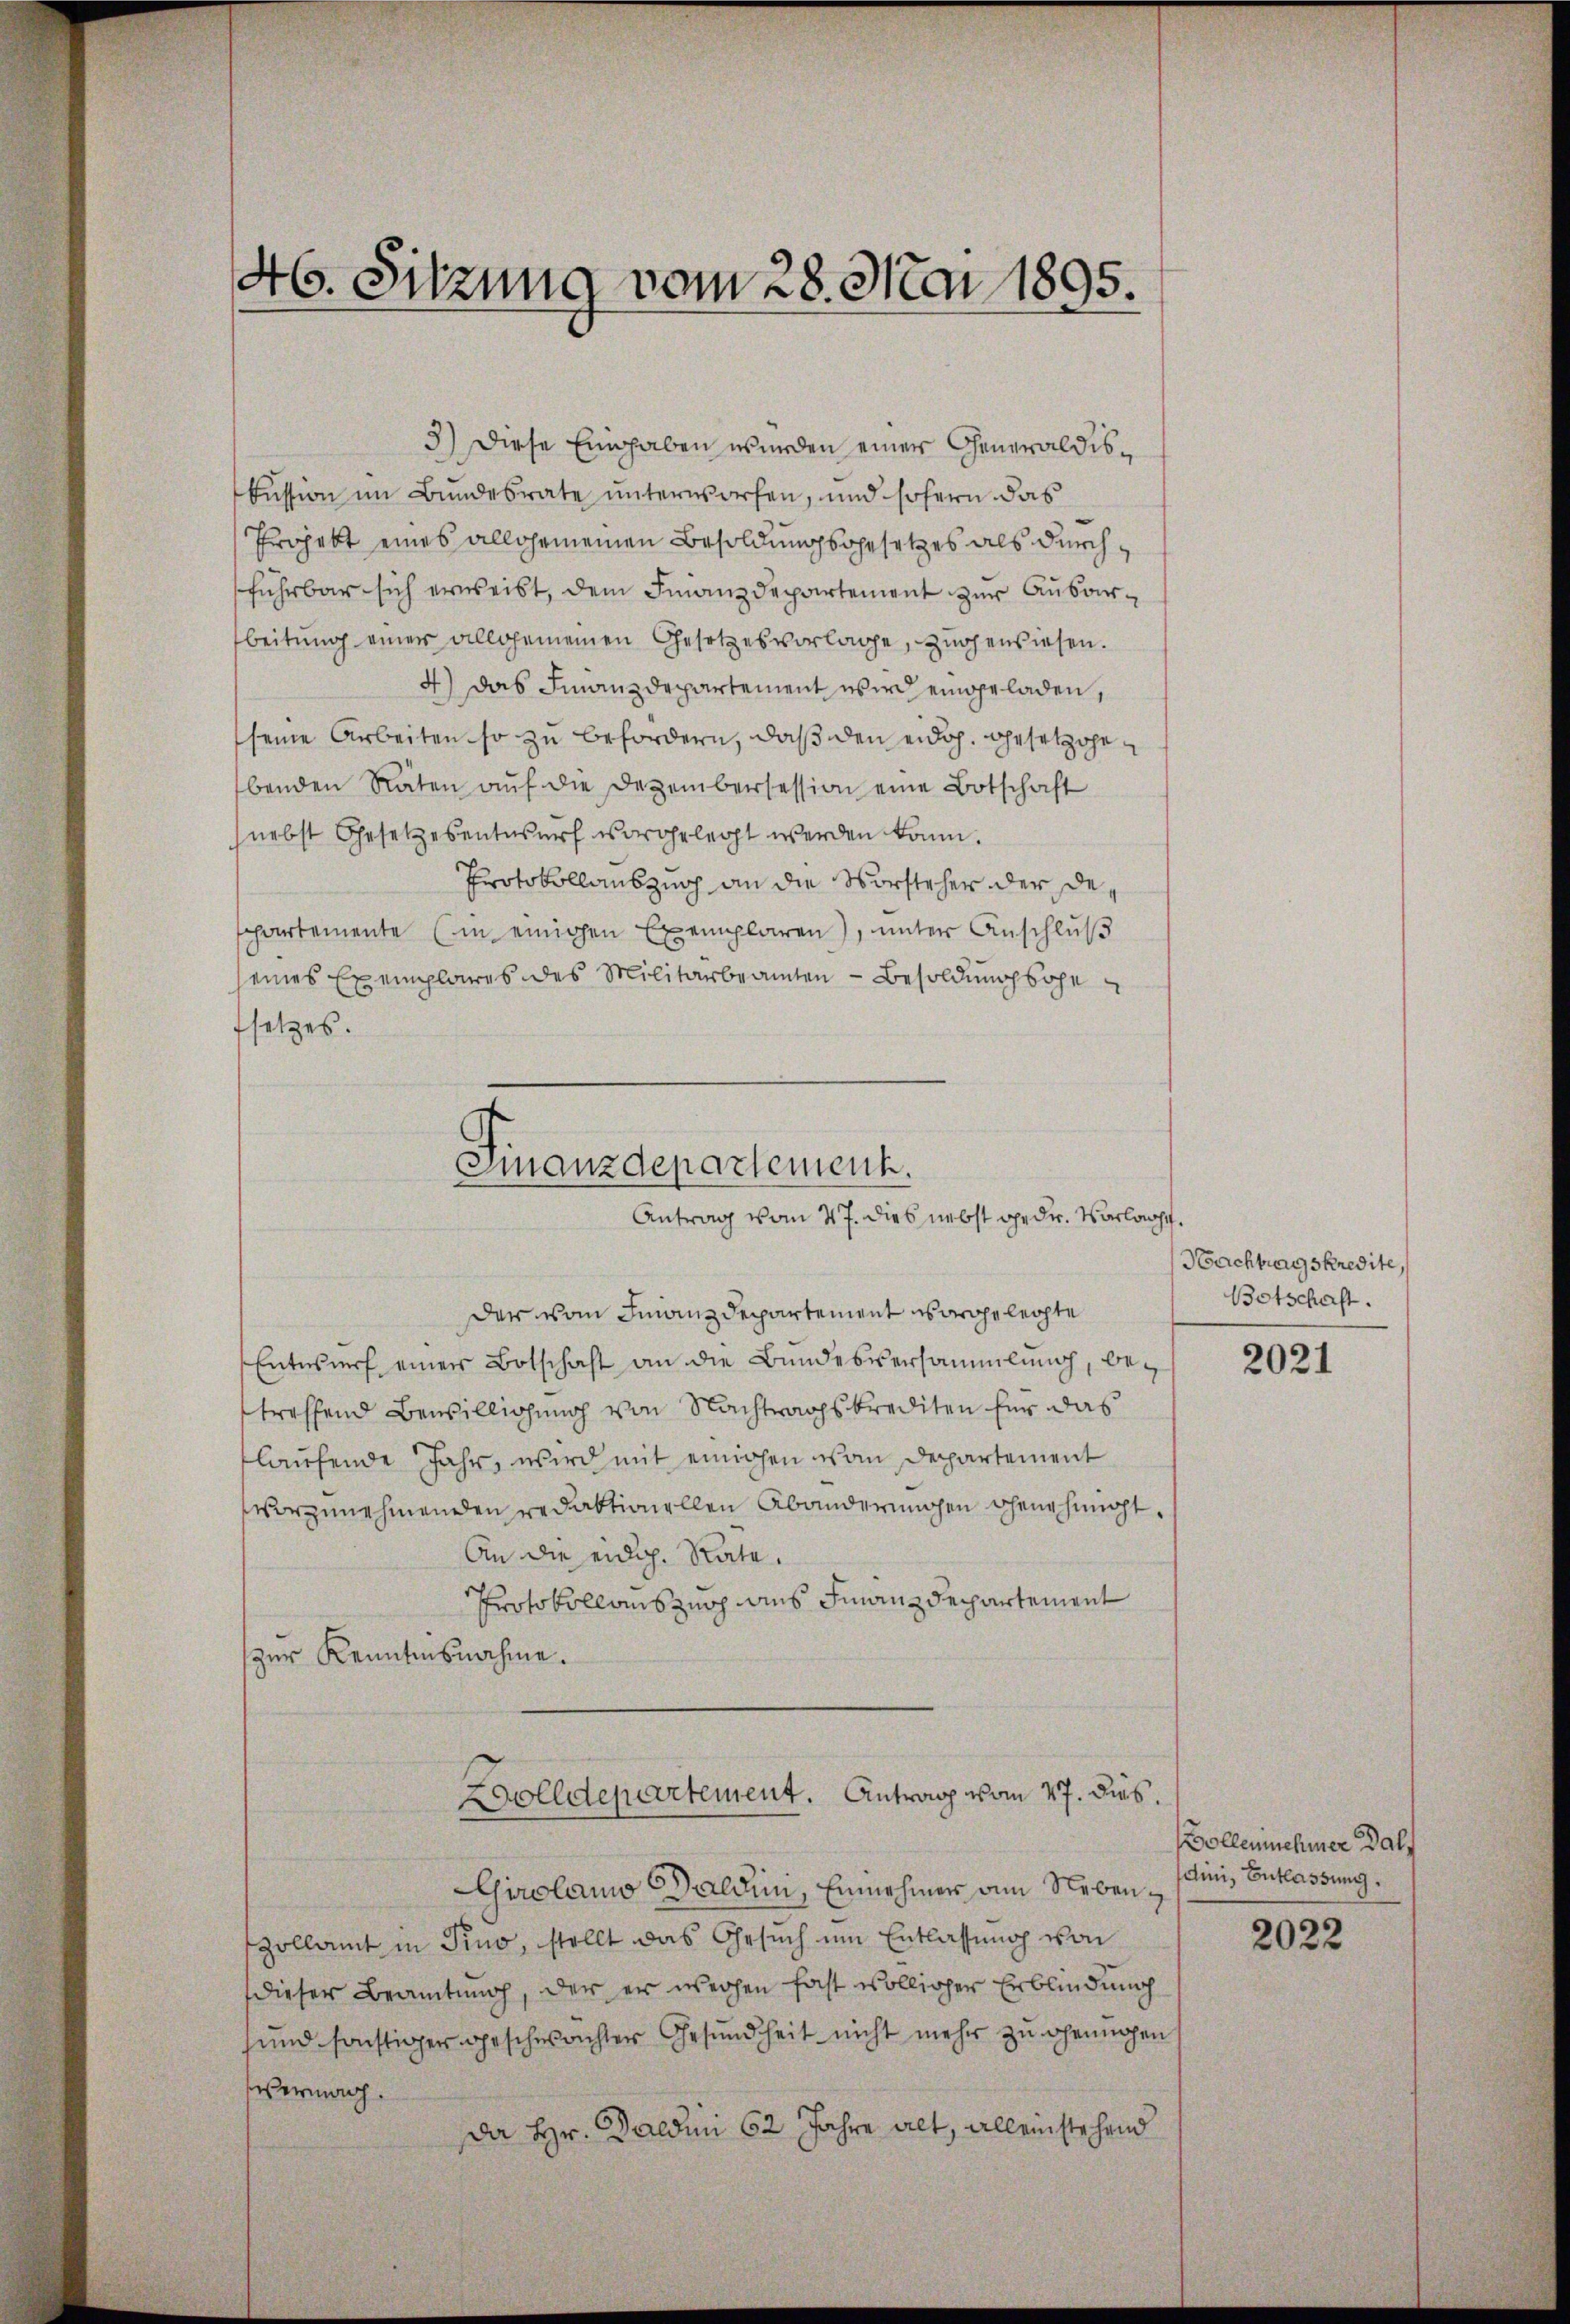
46. Sitzung vom 28. Mai 1895.

3) Diese Eingaben wurden einer Generaldiskussion im Bundesrate unterworfen, und sofern das
Projekt eines allgemeinen Besoldungsgesetzes als durchführbar sich erweist, dem Finanzdepartement zur Ausarbeitung einer allgemeinen Gesetzesvorlage, zugewiesen.
4) das Finanzdepartement wird eingeladen,
seine Arbeiten so zu befördern, daß den eidg. Gesetzgebenden Räten aŭf die Dezembersession eine Botschaft
nebst Gesetzesentwurf vorgelegt werden kann.
Protokollauszuch an die Vorsteher der Deppartemente (in einigen Exemplaren), unter Anschlŭβ
seines Exemplares des Militärbeamten - Besoldungsboge
setzes.

Finanzdepartement.
Antrag vom 27. dies nebst gedr. Vorlacht.

Wolldepartement. Antrag vom 27. dies.

Der vom Finanzdepartement vorgelegte
Entwurf einer Botschaft an die Bundesversammlung, betreffend Bewilligung von Nachtragskrediten für das
flaufende Jahr, wird mit einigen vom Departement
vorzunehmenden redaktionellen Abänderungen ohnehinigt
An die eidg. Rate.
Protokollauszug aus Finanzdepartement
zur Kenntnisnahme.

Nachtragskredite,
Botschaft.

Girolamo Baldini, Einnehmer am Neben¬
Zollamt in Pino, stellt das Gesuch um Entlassung von
dieser Beamtung, der er wegen fast völliger Erblindung
sund sonstiger geschwachter Gesundheit nicht mehr zu genügen
vermag.
da Hr. Daedii 62 Jahre alt, alleinstehend

2021

Vollennehmer Dalf
dini, Entlassung.

2022